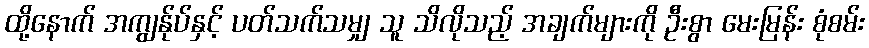
ထို့နောက် အကျွန်ုပ်နှင့် ပတ်သက်သမျှ သူ သိလိုသည့် အချက်များကို ဦးစွာ မေးမြန်း စုံစမ်း